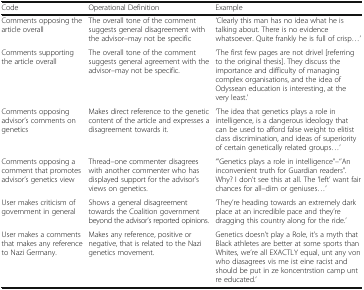
<table><thead><tr><td><b>Code</b></td><td><b>Operational Definition</b></td><td><b>Example</b></td></tr></thead><tbody><tr><td>Comments opposing the article overall</td><td>The overall tone of the comment suggests general disagreement with the advisor–may not be specific</td><td>‘Clearly this man has no idea what he is talking about. There is no evidence whatsoever. Quite frankly he is full of crisp...’</td></tr><tr><td>Comments supporting the article overall</td><td>The overall tone of the comment suggests general agreement with the advisor–may not be specific.</td><td>‘The first few pages are not drivel [referring to the original thesis]. They discuss the importance and difficulty of managing complex organisations, and the idea of Odyssean education is interesting, at the very least.’</td></tr><tr><td>Comments opposing advisor’s comments on genetics</td><td>Makes direct reference to the genetic content of the article and expresses a disagreement towards it.</td><td>‘The idea that genetics plays a role in intelligence, is a dangerous ideology that can be used to afford false weight to elitist class discrimination, and ideas of superiority of certain genetically related groups...’</td></tr><tr><td>Comments opposing a comment that promotes advisor’s genetics view</td><td>Thread–one commenter disagrees with another commenter who has displayed support for the advisor’s views on genetics.</td><td>“’Genetics plays a role in intelligence”–‘’An inconvenient truth for Guardian readers”. Why? I don’t see this at all. The ‘left’ want fair chances for all–dim or geniuses...’</td></tr><tr><td>User makes criticism of government in general</td><td>Shows a general disagreement towards the Coalition government beyond the advisor’s reported opinions.</td><td>‘They’re heading towards an extremely dark place at an incredible pace and they’re dragging this country along for the ride.’</td></tr><tr><td>User makes a comments that makes any reference to Nazi Germany.</td><td>Makes any reference, positive or negative, that is related to the Nazi genetics movement.</td><td>Genetics doesn’t play a Role, it’s a myth that Black athletes are better at some sports than Whites, we’re all EXACTLY equal, unt any von who diasagrees vis me ist eine racist and should be put in ze koncentrstion camp unt re educated.’</td></tr></tbody></table>